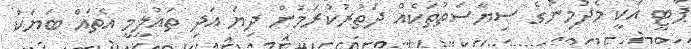
ޕާޓީ އަކީ މެދުމިނުގެ ސިޔާސަތުތަކެއް ދަތުރުކުރަމުން ދިޔަ އަދި ތައުލީމީ އެތައް ބަޔަކު